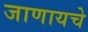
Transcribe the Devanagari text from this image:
जाणायचे